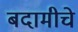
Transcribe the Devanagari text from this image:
बदामीचे